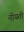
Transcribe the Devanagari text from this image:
नीयती